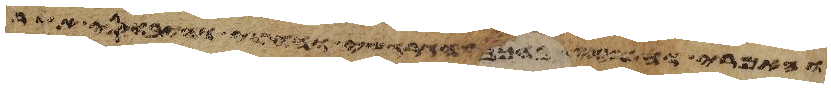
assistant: והאמרי והפרזי והגרגשי והחוי והיבוסי אשר